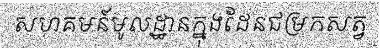
សហគមន៍មូលដ្ឋានក្នុងដែនជម្រកសត្វ